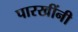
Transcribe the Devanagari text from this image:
पारखींनी